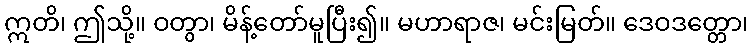
ဣတိ၊ ဤသို့။ ဝတွာ၊ မိန့်တော်မူပြီး၍။ မဟာရာဇ၊ မင်းမြတ်။ ဒေဝဒတ္တော၊